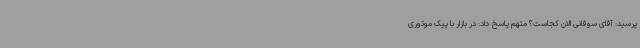
پرسید: آقای سوقانی الان کجاست؟ متهم پاسخ داد: در بازار با پیک موتوری